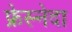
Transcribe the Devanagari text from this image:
फ्रेस्नेदा